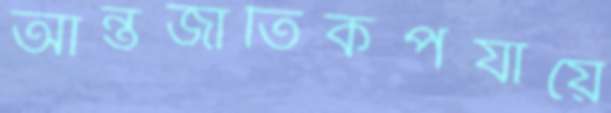
আন্তর্জাতিকপর্যায়ে